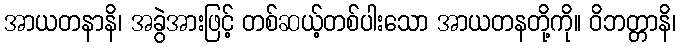
အာယတနာနိ၊ အခွဲအားဖြင့် တစ်ဆယ့်တစ်ပါးသော အာယတနတို့ကို။ ဝိဘတ္တာနိ၊